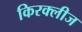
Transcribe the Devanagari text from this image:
किरक्लीज